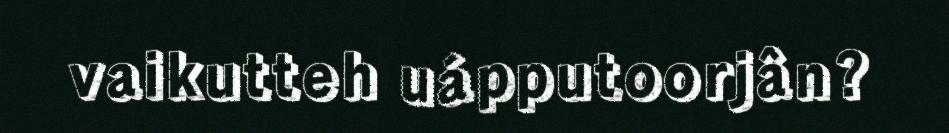
vaikutteh uápputoorjân?